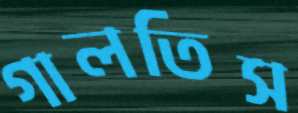
গালতিস